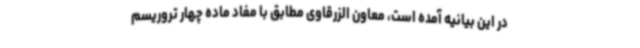
در این بیانیه آمده است، معاون الزرقاوی مطابق با مفاد ماده چهار تروریسم